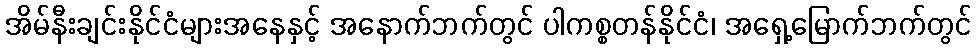
အိမ်နီးချင်းနိုင်ငံများအနေနှင့် အနောက်ဘက်တွင် ပါကစ္စတန်နိုင်ငံ၊ အရှေ့မြောက်ဘက်တွင်